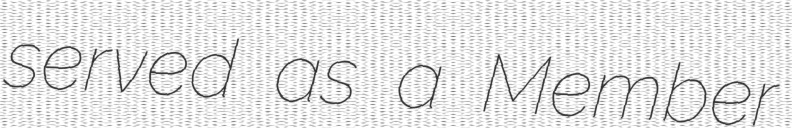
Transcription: served as a Member